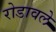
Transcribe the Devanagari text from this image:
रोडावले